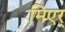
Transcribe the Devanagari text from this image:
मिएर्